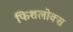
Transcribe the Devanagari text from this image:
फिशलोक्स